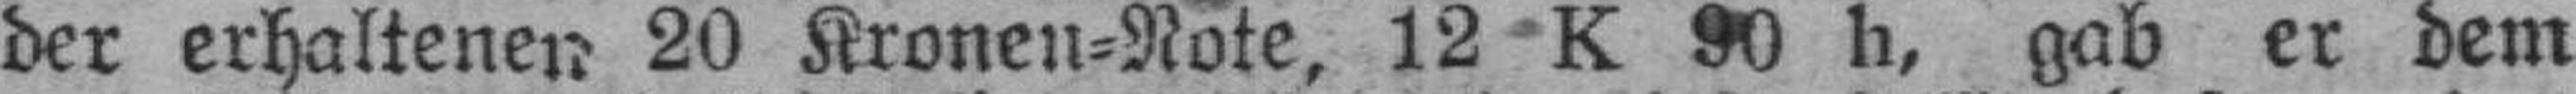
der erhaltenen 20 Kronen=Note, 12 K 90 h, gab er dem